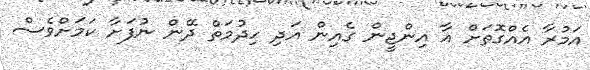
އަމުރާ އެއްގޮތަށް އާ އިންޖީން ގެއިން އަދި ހިދުމަތް ދޭން ނުފަށާ ކަމަށްވެސް